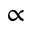
\propto